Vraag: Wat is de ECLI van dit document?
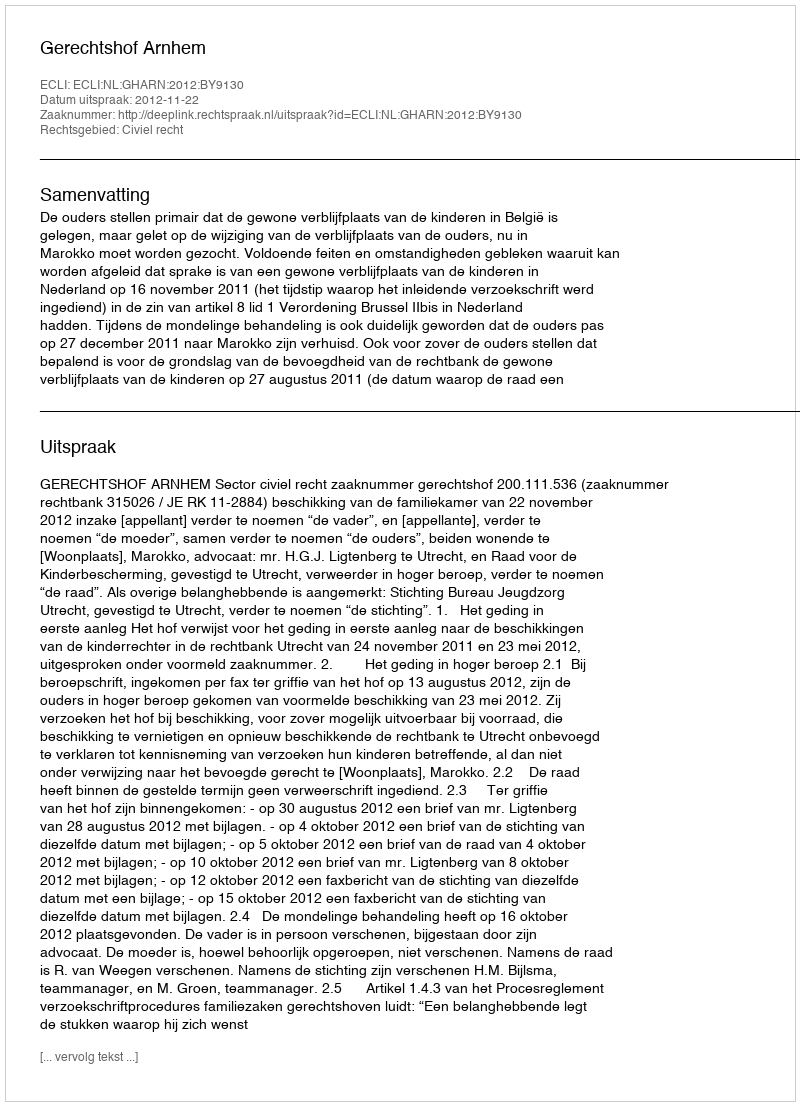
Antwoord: ECLI:NL:GHARN:2012:BY9130